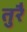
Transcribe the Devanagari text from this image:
तुरै